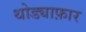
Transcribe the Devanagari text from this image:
थोड्याफ़ार